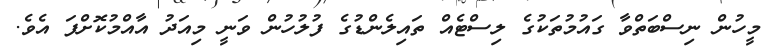
މީހުން ނިސްބަތްވާ ގައުމުތަކުގެ ލިސްޓެއް ތައިލެންޑުގެ ފުލުހުން ވަނީ މިއަދު އާއްމުކޮށްފަ އެވެ.